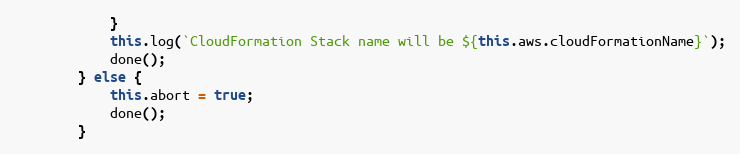
Language: JavaScript
            }
            this.log(`CloudFormation Stack name will be ${this.aws.cloudFormationName}`);
            done();
        } else {
            this.abort = true;
            done();
        }